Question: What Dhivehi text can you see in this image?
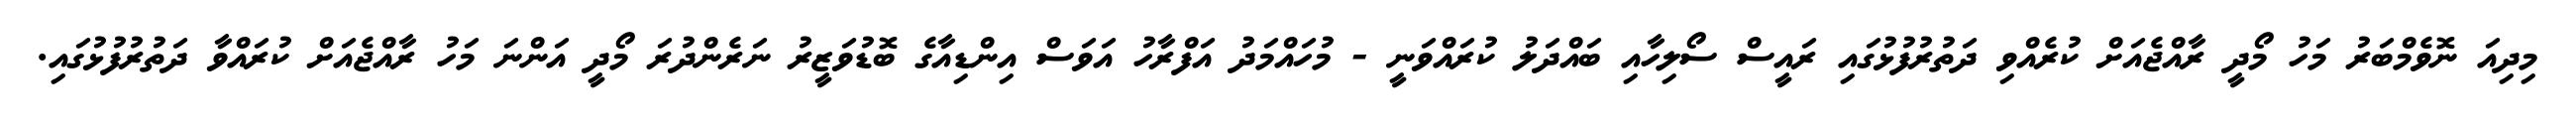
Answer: މިދިއަ ނޮވެމްބަރު މަހު މޯދީ ރާއްޖެއަށް ކުރެއްވި ދަތުރުފުޅުގައި ރައީސް ސޯލިހާއި ބައްދަލު ކުރައްވަނީ - މުހައްމަދު އަފްރާހު އަވަސް އިންޑިއާގެ ބޮޑުވަޒީރު ނަރެންދުރަ މޯދީ އަންނަ މަހު ރާއްޖެއަށް ކުރައްވާ ދަތުރުފުޅުގައި.